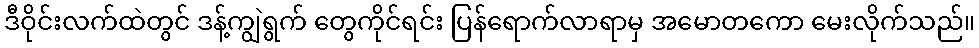
ဒီဝိုင်းလက်ထဲတွင် ဒန့်ကျွဲရွက် တွေကိုင်ရင်း ပြန်ရောက်လာရာမှ အမောတကော မေးလိုက်သည်။